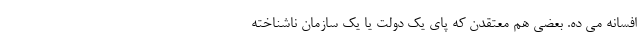
افسانه می ده. بعضی هم معتقدن که پای یک دولت یا یک سازمان ناشناخته